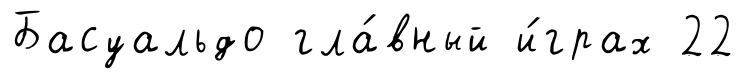
Басуальдо гла́вный и́грах 22